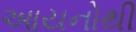
આયનોથી